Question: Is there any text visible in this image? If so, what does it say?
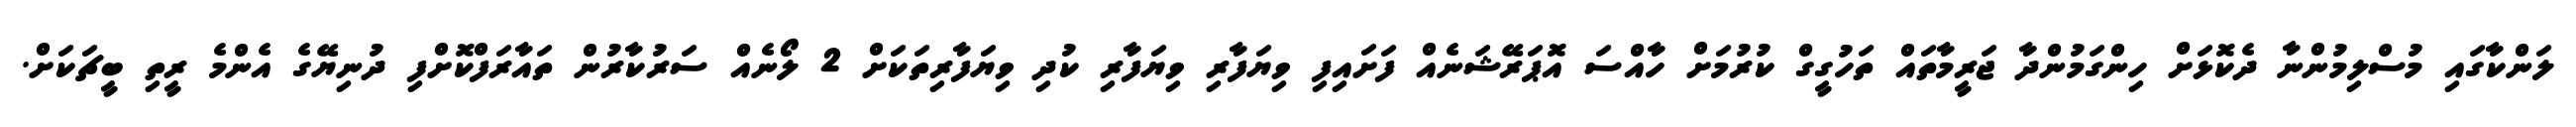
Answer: ލަންކާގައި މުސްލިމުންނާ ދެކޮޅަށް ހިންގަމުންދާ ޖަރީމާތައް ތަހުގީގް ކުރުމަށް ހާއްސަ އޮޕަރޭޝަނެއް ފަށައިފި ވިޔަފާރި ވިޔަފާރި ކުދި ވިޔަފާރިތަކަށް 2 ލޯނެއް ސަރުކާރުން ތައާރަފްކޮށްފި ދުނިޔޭގެ އެންމެ ރީތި ބީޗަކަށް.